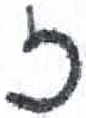
אות: ז